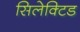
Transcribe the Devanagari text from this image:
सिलेक्टिड